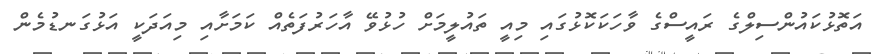
އަތޮޅުކައުންސިލްގެ ރައީސްގެ ވާހަކަކޮޅުގައި މިއީ ތައުލީމަށް ހުޅުވޭ އާހަރުފަތެއް ކަމަށާއި މިއަދަކީ އަޅުގަނޑުމެން